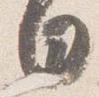
日